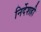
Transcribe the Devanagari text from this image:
निर्देशही